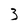
Character: 3